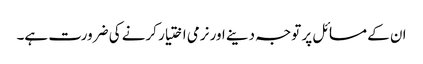
ان کے مسائل پر توجہ دینے اور نرمی اختیار کرنے کی ضرورت ہے۔